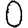
Digit: 0